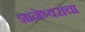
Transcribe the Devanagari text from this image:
ज्ञानेश्र्वरांचा